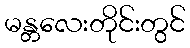
မန္တလေးတိုင်းတွင်